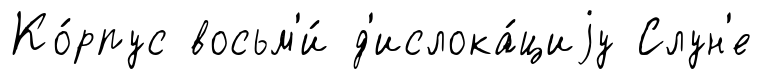
Ко́рпус восьм'и́ д'ислока́циjу Слун'е